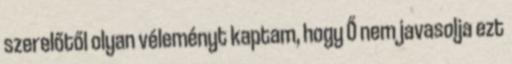
szerelőtől olyan véleményt kaptam, hogy Ő nem javasolja ezt